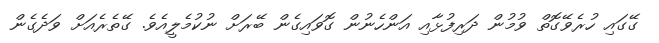
ގޭގައި ހުރެވޭގޮތް ވުމުން ދަރިފުޅާއި އަންހެނުން ގޮވައިގެން ބޭރަށް ނުކުމެލީއެވެ. ގޭތެރެއަށް ވަދެގެން